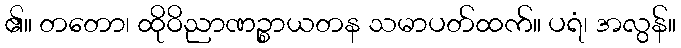
၏။ တတော၊ ထိုဝိညာဏဉ္စာယတန သမာပတ်ထက်။ ပရံ၊ အလွန်။